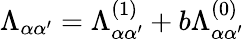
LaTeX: \Lambda_{\alpha\alpha^{\prime}}=\Lambda_{\alpha\alpha^{\prime}}^{(1)}+b\Lambda_{\alpha\alpha^{\prime}}^{(0)}